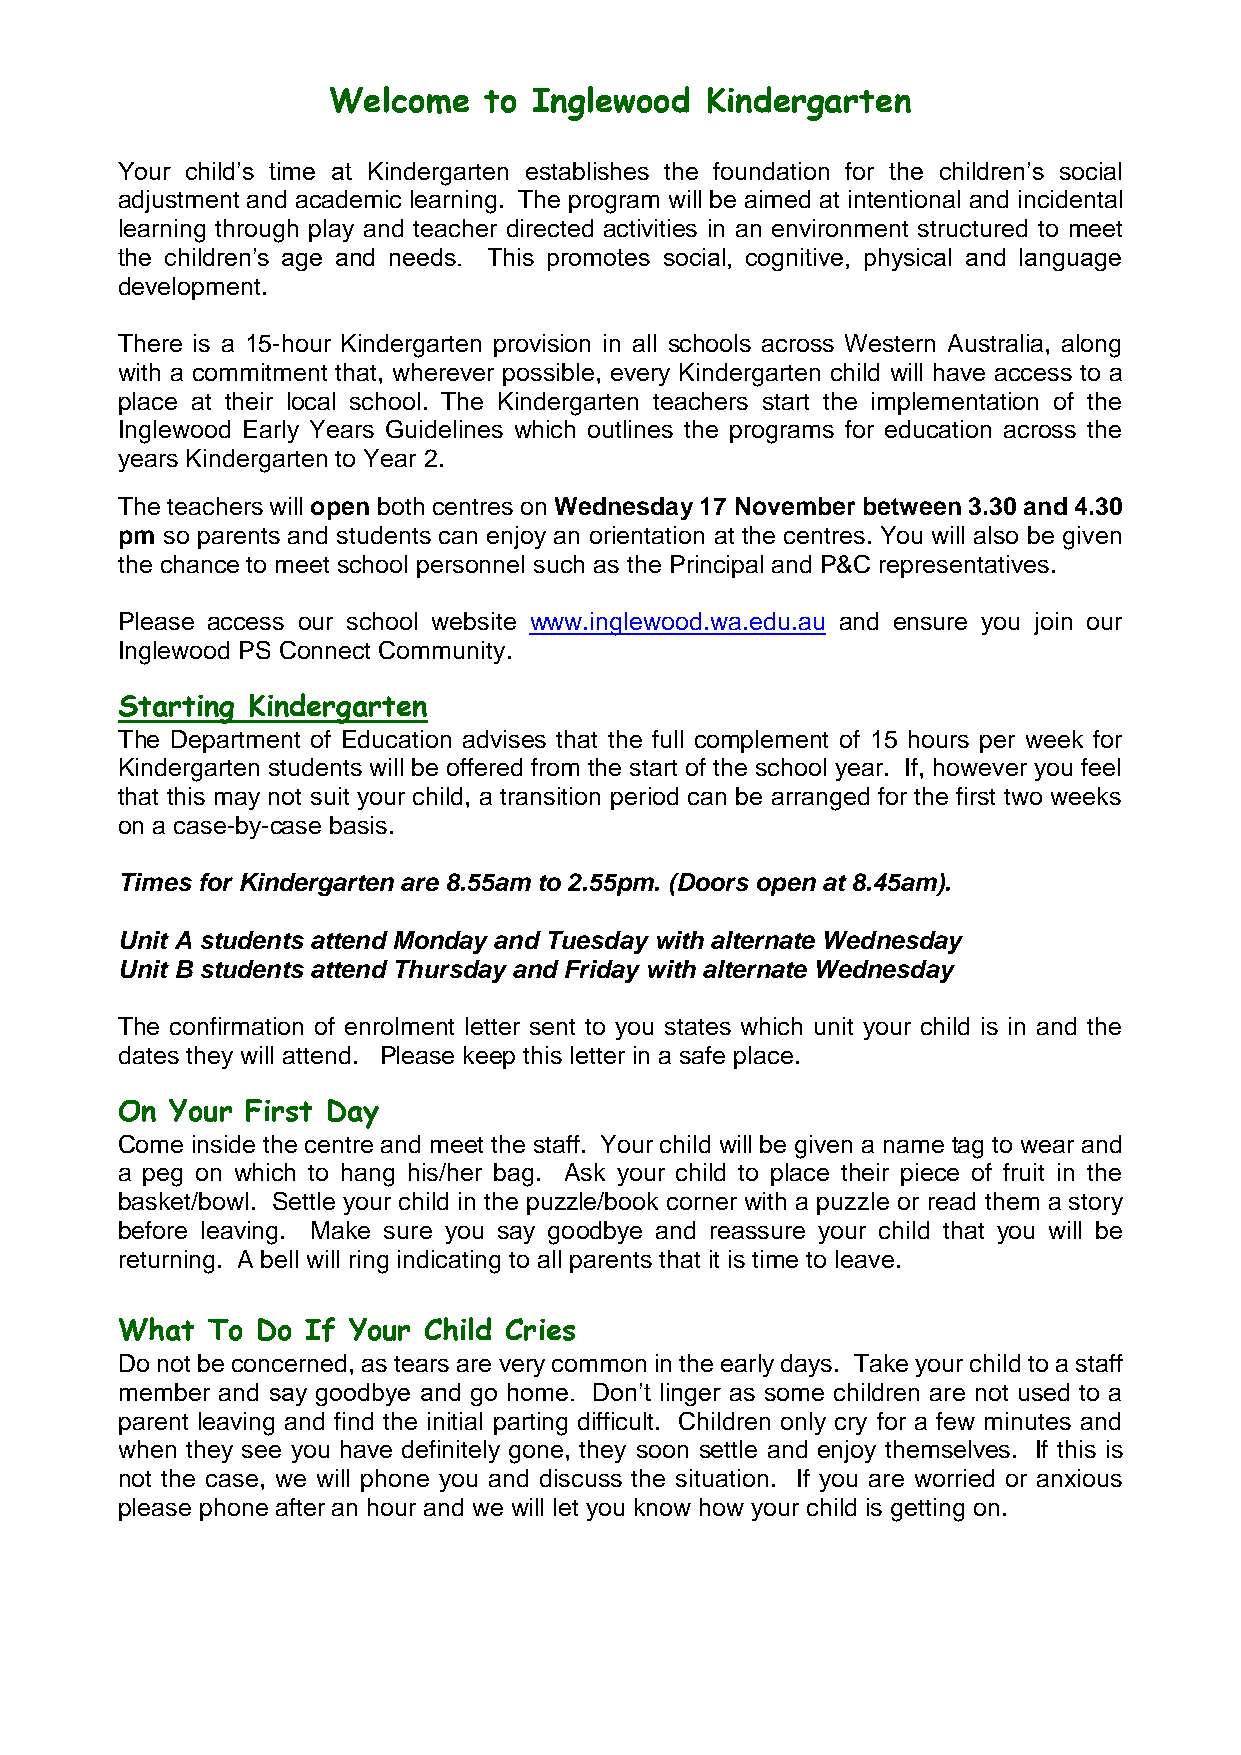
Welcome   to Inglewood   Kindergarten
 Your child’s time at Kindergarten establishes the foundation for the children’s social
 adjustment and academic learning. The program will be aimed at intentional and incidental
 learning through play and teacher directed activities in an environment structured to meet
 the children’s age and needs. This promotes social, cognitive, physical and language
 development.
 There is a 15-hour Kindergarten provision in all schools across Western Australia, along
 with a commitment that, wherever possible, every Kindergarten child will have access to a
 place at their local school. The Kindergarten teachers start the implementation of the
 Inglewood Early Years Guidelines which outlines the programs for education across the
 years Kindergarten to Year 2.
 The teachers will open both centres on Wednesday 17 November between 3.30 and 4.30
 pm so parents and students can enjoy an orientation at the centres. You will also be given
 the chance to meet school personnel such as the Principal and P&C representatives.
 Please access our school website www.inglewood.wa.edu.au and ensure you join our
 Inglewood PS Connect Community.
 Starting Kindergarten
 The Department of Education advises that the full complement of 15 hours per week for
 Kindergarten students will be offered from the start of the school year. If, however you feel
 that this may not suit your child, a transition period can be arranged for the first two weeks
 on a case-by-case basis.
 Times for Kindergarten are 8.55am to 2.55pm. (Doors open at 8.45am).
 Unit A students attend Monday and Tuesday with alternate Wednesday
 Unit B students attend Thursday and Friday with alternate Wednesday
 The confirmation of enrolment letter sent to you states which unit your child is in and the
 dates they will attend. Please keep this letter in a safe place.
 On Your First Day
 Come inside the centre and meet the staff. Your child will be given a name tag to wear and
 a peg on which to hang his/her bag. Ask your child to place their piece of fruit in the
 basket/bowl. Settle your child in the puzzle/book corner with a puzzle or read them a story
 before leaving. Make sure you say goodbye and reassure your child that you will be
 returning. A bell will ring indicating to all parents that it is time to leave.
 What  To Do If Your Child Cries
 Do not be concerned, as tears are very common in the early days. Take your child to a staff
 member and say goodbye and go home. Don’t linger as some children are not used to a
 parent leaving and find the initial parting difficult. Children only cry for a few minutes and
 when they see you have definitely gone, they soon settle and enjoy themselves. If this is
 not the case, we will phone you and discuss the situation. If you are worried or anxious
 please phone after an hour and we will let you know how your child is getting on.